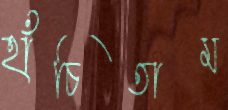
হাঁচিতাম